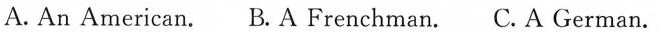
A. An American. B. A Frenchman. C.A German.